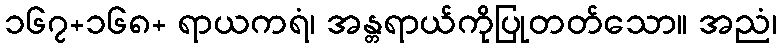
၁၆၇+၁၆၈+ ရာယကရံ၊ အန္တရာယ်ကိုပြုတတ်သော။ အညံ၊